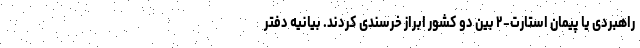
راهبردی یا پیمان استارت-۲ بین دو کشور ابراز خرسندی کردند. بیانیه دفتر